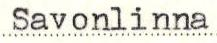
Savonlinna